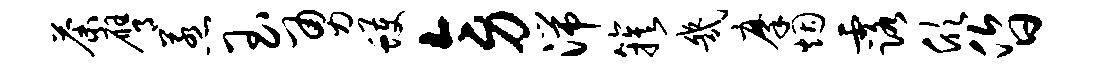
荼膺惹玉勇蠖旁湍簇几摩烟露欣昏